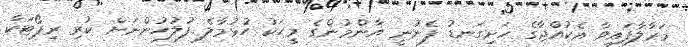
މަރާލާފައިވާ އެކުއްޖާގެ ހަށިގަނޑު ފެނުނީ އާންމުންގެ މީހަކު ހުޅުމާލެ ފުލުހުންނަށް ކުރި ރިޕޯޓަކާ